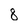
Character: 8